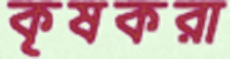
কৃষকরা